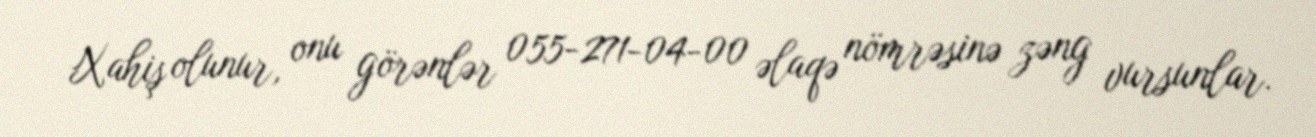
Xahiş olunur, onu görənlər 055-271-04-00 əlaqə nömrəsinə zəng vursunlar.